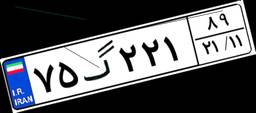
۷۵گ۲۲۱۸۹